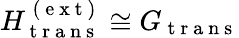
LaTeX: H_{\mathrm{~t~r~a~n~s~}}^{\mathrm{~(~e~x~t~)~}}\cong G_{\mathrm{~t~r~a~n~s~}}